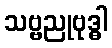
သဗ္ဗညုဗုဒ္ဓါ